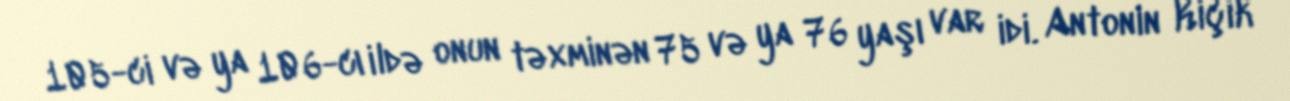
105-ci və ya 106-cı ildə onun təxminən 75 və ya 76 yaşı var idi. Antonin Kiçik